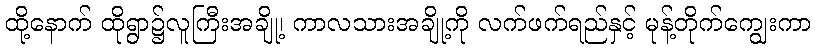
ထို့နောက် ထိုရွာ၌လူကြီးအချို့၊ ကာလသားအချို့ကို လက်ဖက်ရည်နှင့် မုန့်တိုက်ကျွေးကာ